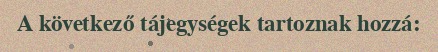
A következő tájegységek tartoznak hozzá: